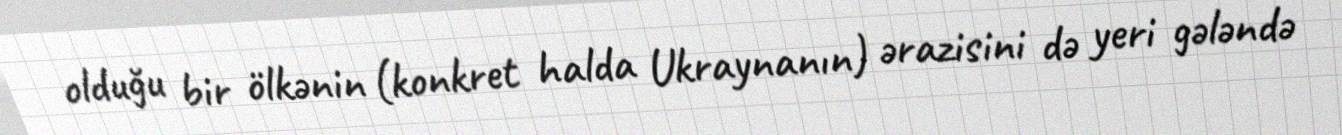
olduğu bir ölkənin (konkret halda Ukraynanın) ərazisini də yeri gələndə